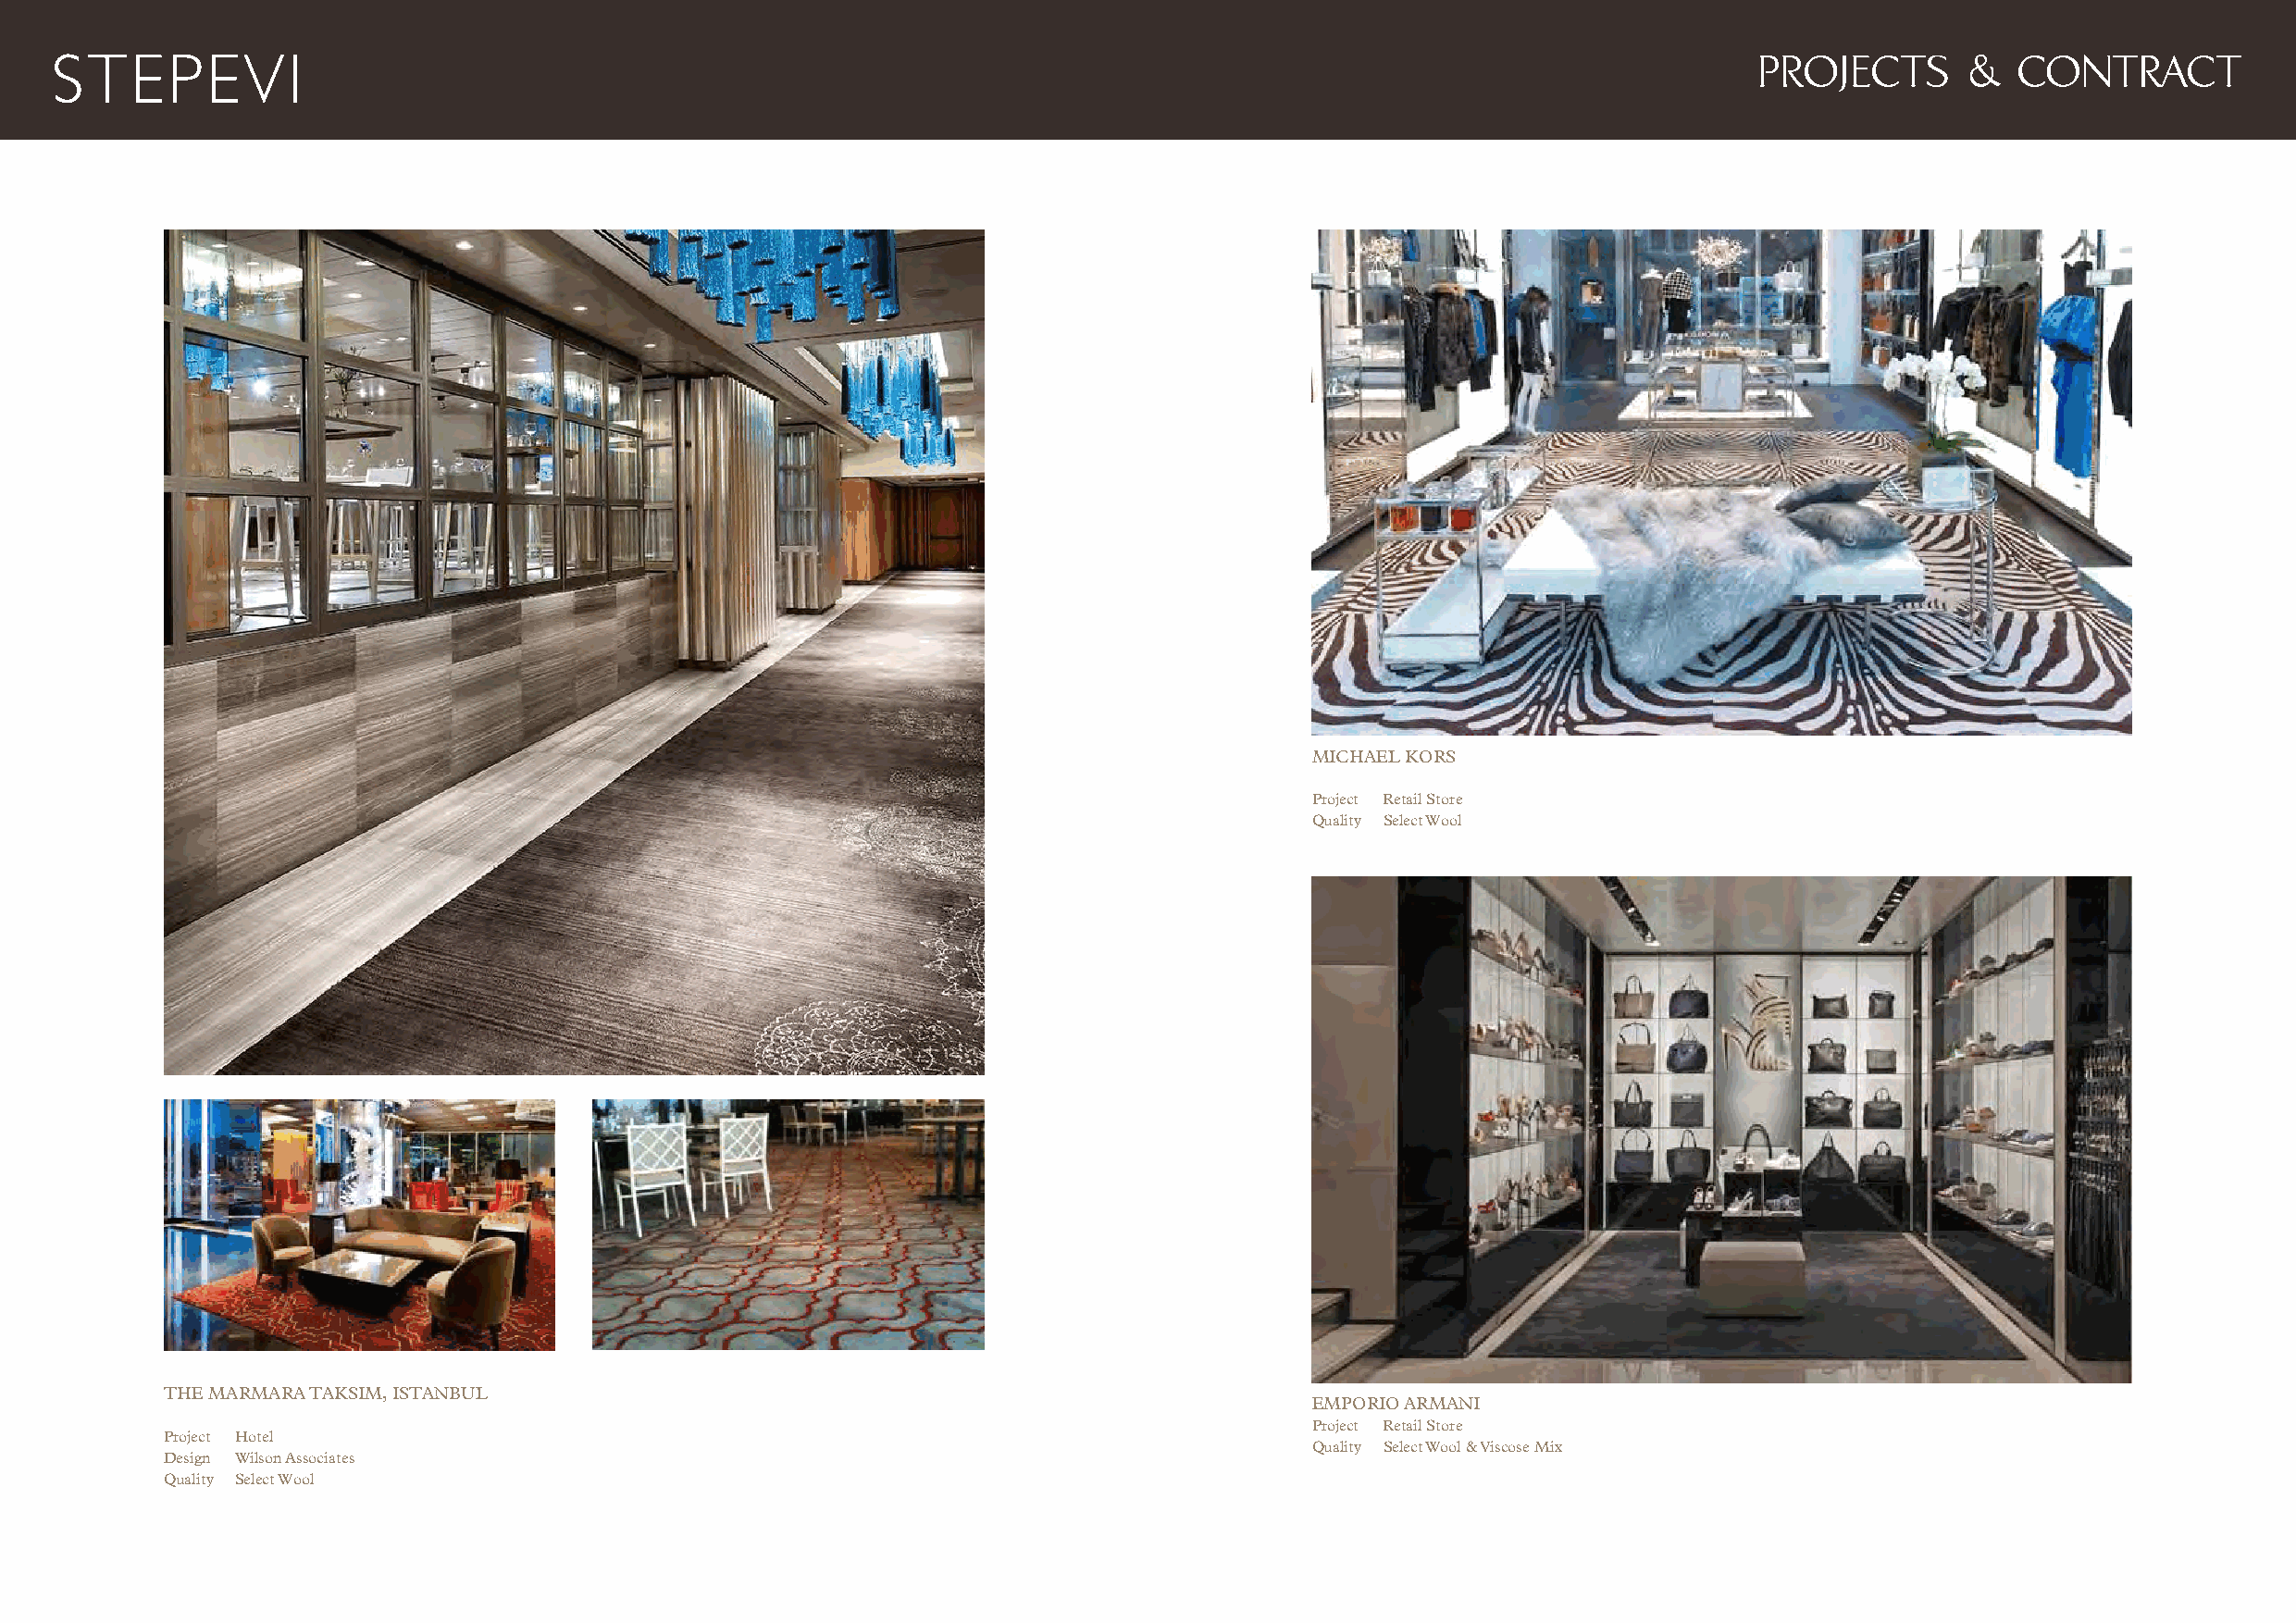
PROJECTS      &   CONTRACT
 MICHAEL KORS
 Project Retail Store
 Quality Select Wool
 THE MARMARA TAKSIM, ISTANBUL
 EMPORIO ARMANI
 Project Retail Store
 Project Hotel
 Quality Select Wool & Viscose Mix
 Design Wilson Associates
 Quality Select Wool